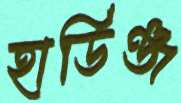
হার্ডিঞ্জ